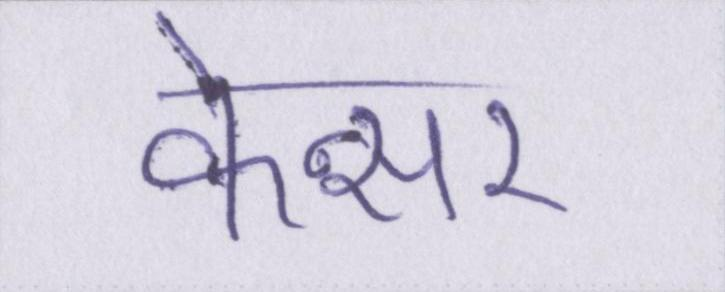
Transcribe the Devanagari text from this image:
केन्सर